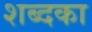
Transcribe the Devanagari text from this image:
शब्दका